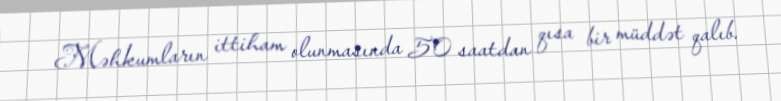
Məhkumların ittiham olunmasında 50 saatdan qısa bir müddət qalıb.